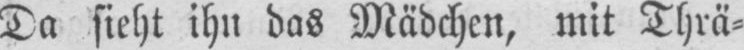
Da sieht ihn das Mädchen, mit Thrä⸗